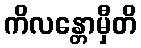
ကိလန္တောမှီတိ